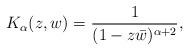
LaTeX: \begin{align*}K_{\alpha}(z,w) = \dfrac{1}{(1-z\bar{w})^{\alpha+2}},\end{align*}